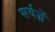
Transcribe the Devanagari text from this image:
सर्वज्ञें